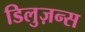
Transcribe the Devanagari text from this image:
डिलुज़न्स